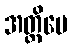
အတ္ထိပေ